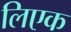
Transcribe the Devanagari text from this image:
लिएक